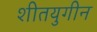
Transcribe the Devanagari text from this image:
शीतयुगीन